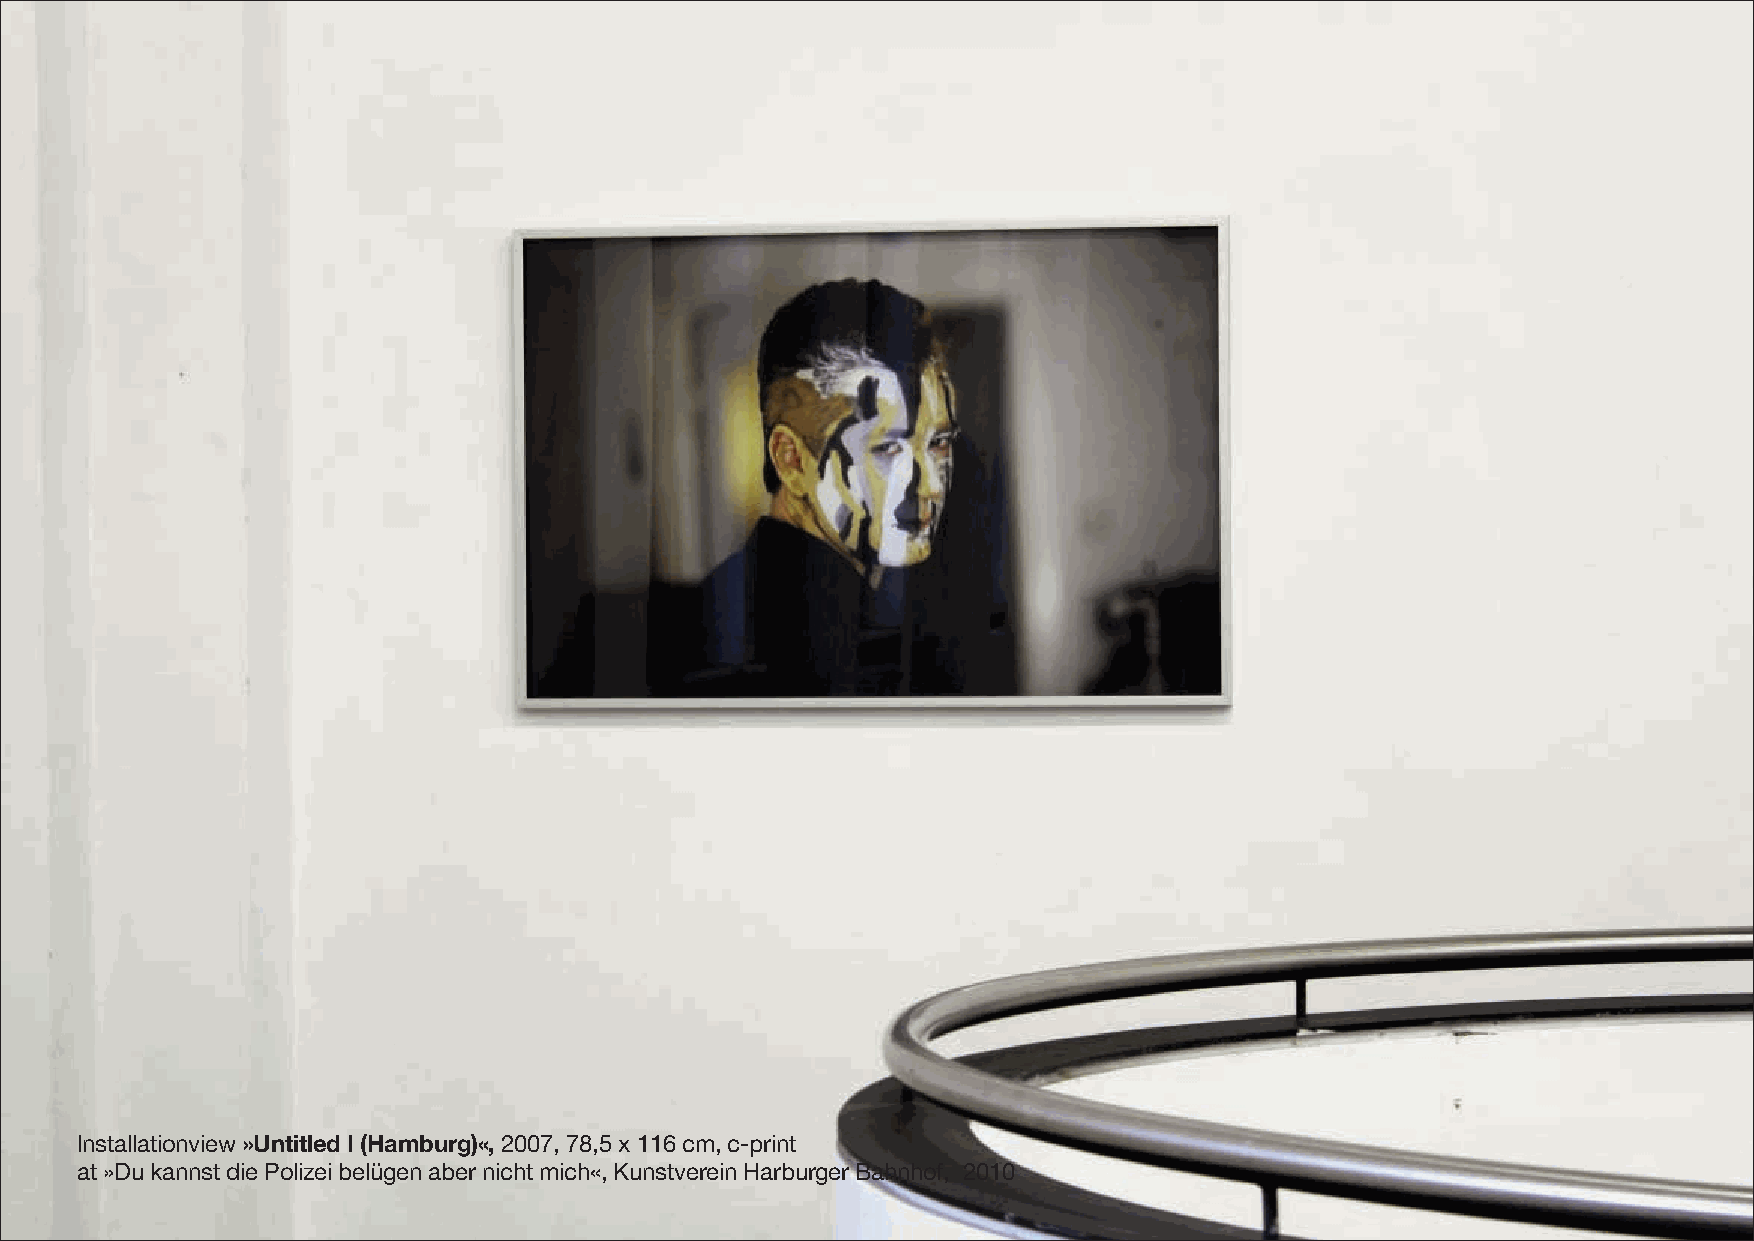
Installationview»Untitled I (Hamburg)«,2007, 78,5 x 116 cm, c-print
 at »Du kannst die Polizei belügen aber nicht mich«, Kunstverein Harburger Bahnhof, 2010